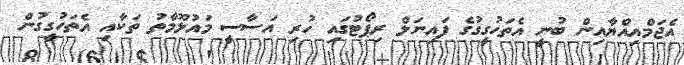
އެޖަމްއިއްޔާއިން ބުނީ އެތަހުގީގުގެ ފައިނަލް ރިޕޯޓުގައި ހުރި އަސާސީ މައުލޫމާތު ތަކާއި އެތަހުގީގުން